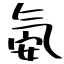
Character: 氨